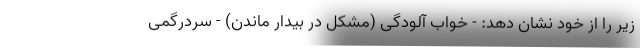
زیر را از خود نشان دهد: - خواب آلودگی (مشکل در بیدار ماندن) - سردرگمی